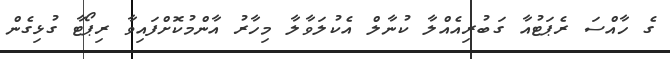
ގެ ހާއްސަ ރެޕަޓުއާ ގަބުރިއެއްލާ ކުނާލް އެކުލަވާލާ މިހާރު އާންމުކޮށްފައިވާ ރިޕޯޓާ ގުޅިގެން